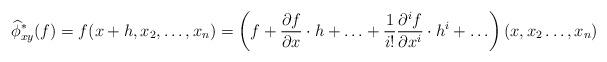
LaTeX: \begin{align*}\widehat{\phi}_{xy}^*(f)=f(x+h,x_2,\ldots,x_n)= \left(f+\frac{\partial{f}}{\partial{x}}\cdot h+\ldots +\frac{1}{i!}\frac{\partial^i{f}}{\partial{x^i}}\cdot h^i +\ldots\right)(x,x_2\ldots,x_n)\end{align*}